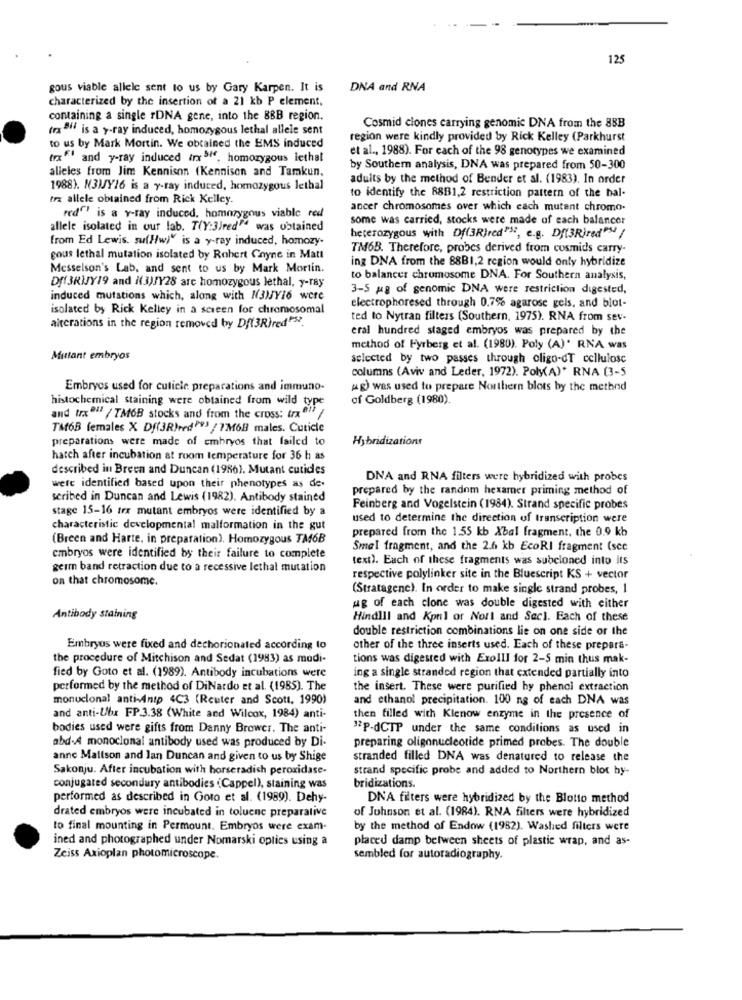
125
gous viable allele sent to us by Gary Karpen. It is
DNA and RNA
characterized by the insertion of a 21 kb P element,
containing a single rDNA gene, into the BBB region.
(rx "" is a y-ray induced, homozygous lethal allele sent
Cosmid clones carrying genomic DNA from the 88B
region were kindly provided by Rick Kelley (Parkhurst
to us by Mark Mortin. We obtained the EMS induced
et al ., 1988). For each of the 98 genotypes we examined
tox""" and y-ray induced trx sie, homozygous lethal
alieles from Jim Kennison (Kennison and Tamkun,
by Southern analysis, DNA was prepared from 50-300
adults by the method of Bender et al. (1983). In order
1988). N3MY16 is a y-ray induced, homozygous lethal
trx allele obtained from Rick Kelley.
to identify the 8881,2 restriction pattern of the bal-
ancer chromosomes over which each mutant chromo.
red""" is a v-ray induced, homozygous viable red
some was carried, stocks were made of each balancer
allele isolated in our lab. T(Y:3)red" was obtained
from Ed Lewis. suf//w)" is a y-ray induced, homozy.
heterozygous with Df(3R}red"", e.g. Df(3Rired"M /
TM6B. Therefore, probes derived from cosmids carry-
cous lethal mutation isolated by Robert Chyne in Matt
ing DNA from the 88B1,2 region would only hybridize
Messelson's Lab, and sent to us by Mark Mortin.
Df(3RIJY19 and N(3)JY28 are homozygous lethal, y-ray
to balancer chromosome DNA. For Southern analysis,
3-5 gg of genomic DNA were restriction digested,
induced mutations which, along with N3MY16 were
isolated by Rick Kelley in a screen for chromosomal
electrophoresed through 0.7% agarose gels, and blot-
ted to Nytran filters (Southern, 1975). RNA from sev-
alterations in the region removed by Df(3R}red"".
eral hundred staged embryos was prepared by the
method of Fyrberg et al. (1980). Poly (A)" RNA was
Mutant embryos
selected by two passes through oligo-dT cellulose
columns (Aviv and Leder, 1972). Poly(A)* RNA (3-5
Embryos used for cuticle preparations and immuno-
(Mg) was used to prepare Northern blots by the method
histochemical staining were obtained from wild type
of Goldberg (1980).
and trxº17 / TM6B stocks and from the cross: trx"" /
TMOB females X Df(3R)redPv) / 1M6B males. Cuticle
preparations were made of embryos that failed to
Hybridizations
hatch after incubation at room temperature for 36 h as
described in Breen and Duncan (1986). Mutant cutides
DNA and RNA filters were hybridized with probes
were identified based upon their phenotypes as de.
prepared by the random hexamer priming method of
seribed in Duncan and Lewis (1982). Antibody stained
stage 15-16 trx mutant embryos were identified by a
Feinberg and Vogelstein (1984). Strand specific probes
used to determine the direction of transcription were
characteristic developmental malformation in the gut
prepared from the 1.55 kb Xbal fragment, the 0.9 kb
(Breen and Harte, in preparation), Homozygous TM6B
Smel fragment, and the 2.6 kb EcoRI fragment (sec
embryos were identified by their failure to complete
text). Each of these fragments was subcloned into its
germ band retraction due to a recessive lethal mutation
on that chromosome.
respective polylinker site in the Bluescript KS + vector
(Stratagene). In order to make single strand probes, I
ug of each clone was double digested with either
Antibody staining
Hindlil and Kpnil or Nori and Secl. Each of these
double restriction combinations lie on one side or the
Embryos were fixed and dechorionated according to
other of the three inserts used. Each of these prepara-
the procedure of Mitchison and Sedat (1993) as modi-
tions was digested with Exolll for 2-5 min thus mak-
fied by Goto et al. (1989). Antibody incubations were
ing a single stranded region that extended partially into
performed by the method of DiNardo et al. (1985). The
the insert. These were purified hy phenol extraction
monuclonal anti-Anip 4C3 (Reuter and Scott, 1990)
and ethanol precipitation. 100 ng of each DNA was
and anti-Ubx FP.3.38 (White and Wilcox, 1984) anti-
then filled with Klenow enzyme in the presence of
bodies used were gifts from Danny Brower. The anti-
3P-dCTP under the same conditions as used in
abd-A monoclonal antibody used was produced by Di-
preparing oligonucleotide primed probes. The double
anne Mallson and lan Duncan and given to us by Shige
stranded filled DNA was denatured to release the
Sakonju. After incubation with horseradish peroxidase-
strand specific probe and added to Northern blot by-
conjugated secondary antibodies (Cappel), staining was
bridizations.
performed as described in Goto et al. (1989). Dehy-
DNA filters were hybridized by the Blotto method
of Johnson et al. (1984). RNA filters were hybridized
drated embryos were incubated in toluene preparative
to final mounting in Permount. Embryos were exam-
by the method of Endow (1982). Washed filters were
ined and photographed under Nomarski opties using a
placed damp between sheets of plastic wrap, and as-
Zeiss Axioplan photomicroscope.
sembled for autoradiography.